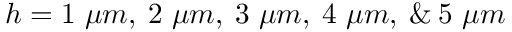
h = 1 ~ \mu m , \: 2 ~ \mu m , \: 3 ~ \mu m , \: 4 ~ \mu m , \: \& \: 5 ~ \mu m